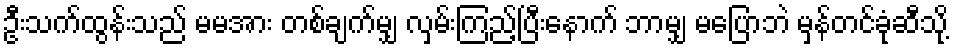
ဦးသက်ထွန်းသည် မမအား တစ်ချက်မျှ လှမ်းကြည့်ပြီးနောက် ဘာမျှ မပြောဘဲ မှန်တင်ခုံဆီသို့